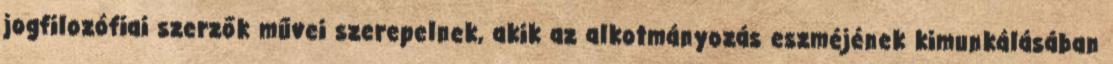
jogfilozófiai szerzők művei szerepelnek, akik az alkotmányozás eszméjének kimunkálásában